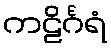
ကဠိင်္ဂရံ